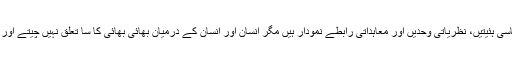
ہزار گونہ تنظیمیں اور سیاسی ہئیتیں، نظریاتی وحدیں اور معاہداتی رابطے نمودار ہیں مگر انسان اور انسان کے درمیان بھائی بھائی کا سا تعلق نہیں چیتے اور بھیڑیے کا سا معاملہ ہے۔